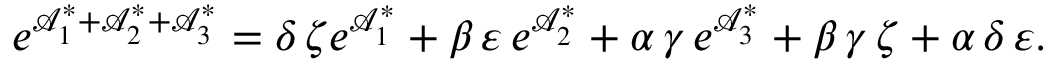
e ^ { \mathcal { A } _ { 1 } ^ { \ast } + \mathcal { A } _ { 2 } ^ { \ast } + \mathcal { A } _ { 3 } ^ { \ast } } = \delta \, \zeta e ^ { \mathcal { A } _ { 1 } ^ { \ast } } + \beta \, \varepsilon \, e ^ { \mathcal { A } _ { 2 } ^ { \ast } } + \alpha \, \gamma \, e ^ { \mathcal { A } _ { 3 } ^ { \ast } } + \beta \, \gamma \, \zeta + \alpha \, \delta \, \varepsilon .